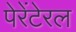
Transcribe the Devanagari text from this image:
पेरेंटेरल